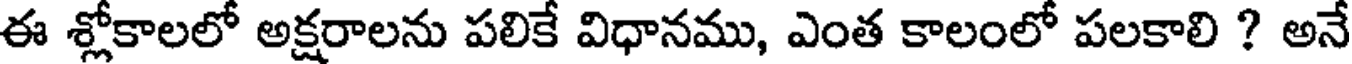
ఈ శ్లోకాలలో అక్షరాలను పలికే విధానము, ఎంత కాలంలో పలకాలి ? అనే